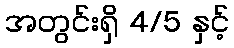
အတွင်းရှိ 4/5 နှင့်